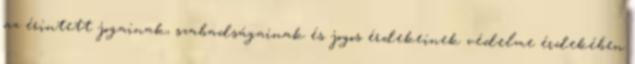
az érintett jogainak, szabadságainak és jogos érdekeinek védelme érdekében